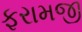
ફરામજી